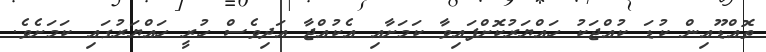
ތޮއްޑޫއިން ކުޑަ ކުއްޖަކު ހައްޔަރުކޮށްފައިވާ ކަމަށާއި އެކުއްޖާ އަދިވެސް ހުރީ ހައްޔަރުގައި ކަމަށެވެ.